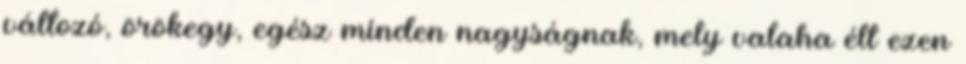
változó, örökegy, egész minden nagyságnak, mely valaha élt ezen